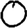
Digit: 0